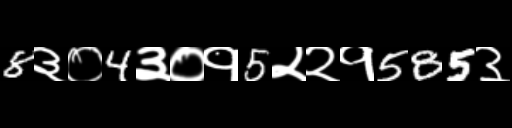
Text: 8३०4३०१5२२१585३